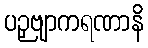
ပဉှဗျာကရဏာနိ